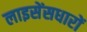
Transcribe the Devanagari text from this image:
लाइसेंसधारों